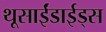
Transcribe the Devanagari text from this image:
थूसाईंडाईड्स